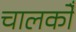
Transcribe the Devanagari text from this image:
चालकोँ